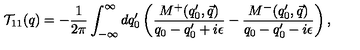
{ \cal T } _ { 1 1 } ( q ) = - \frac { 1 } { 2 \pi } \int _ { - \infty } ^ { \infty } d q _ { 0 } ^ { \prime } \left( \frac { M ^ { + } ( q _ { 0 } ^ { \prime } , \vec { q } ) } { q _ { 0 } - q _ { 0 } ^ { \prime } + i \epsilon } - \frac { M ^ { - } ( q _ { 0 } ^ { \prime } , \vec { q } ) } { q _ { 0 } - q _ { 0 } ^ { \prime } - i \epsilon } \right) ,